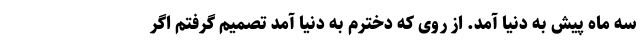
سه ماه پیش به دنیا آمد. از روی که دخترم به دنیا آمد تصمیم گرفتم اگر